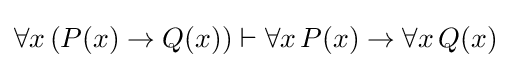
\forall x\,(P(x)\rightarrow Q(x))\vdash \forall x\,P(x)\rightarrow \forall x\,Q(x)